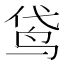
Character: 𮹕